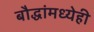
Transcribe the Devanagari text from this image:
बौद्धांमध्येही